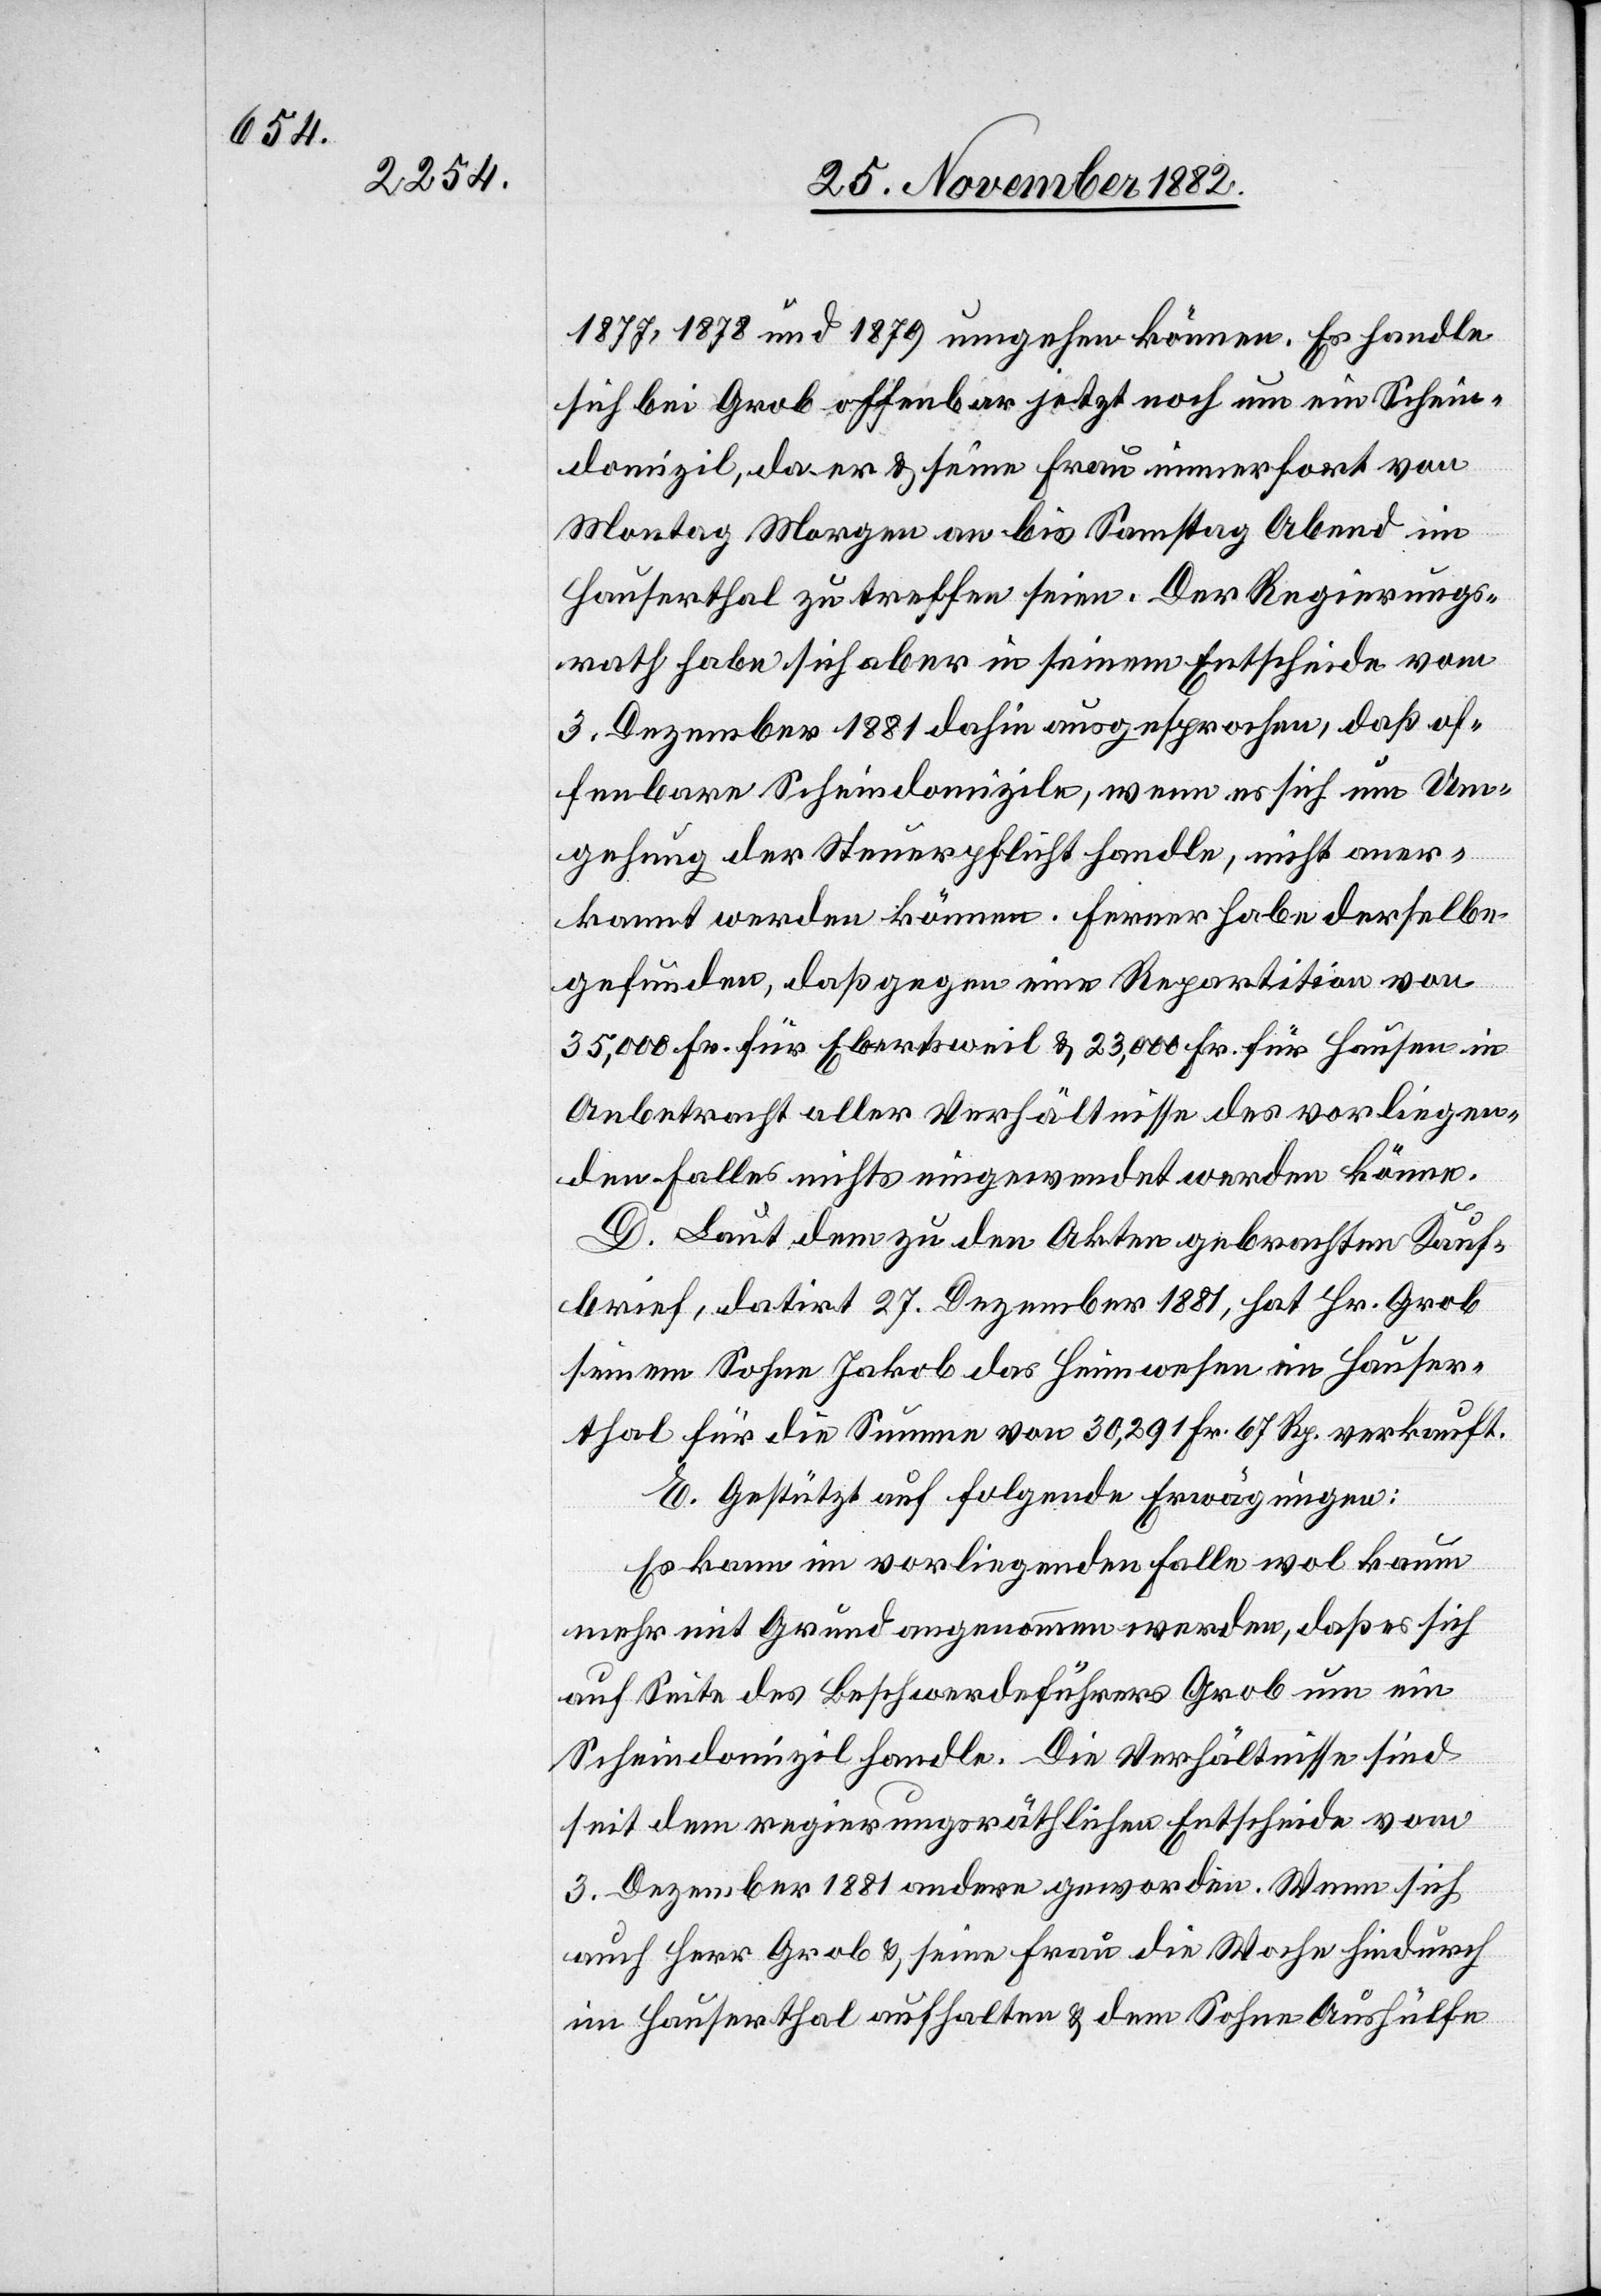
1877, 1878 und 1879 umgehen können. Es handle
sich bei Grob offenbar jetzt noch um ein Schein¬
domizil, da er & seine Frau immerfort von
Montag Morgen an bis Samstag Abend im
Hauserthal zu treffen seien. Der Regierungs¬
rath habe sich aber in seinem Entscheide vom
3. Dezember 1881 dahin ausgesprochen, daß of¬
fenbare Scheindomizile, wenn es sich um Um¬
gehung der Steuerpflicht handle, nicht aner¬
kannt werden können. Ferner habe derselbe
gefunden, daß gegen eine Repartition von
35,000 Fr. für Ebertsweil & 23,000 Fr. für Hausen in
Anbetracht aller Verhältnisse des vorliegen¬
den Falles nichts eingewendet werden könne.
D. Laut dem zu den Akten gebrachten Kauf¬
brief, datirt 27. Dezember 1881, hat Hr. Grob
seinem Sohne Jakob das Heimwesen im Hauser¬
thal für die Summe von 30,291 Fr. 67 Rp. verkauft.
E. Gestützt auf folgende Erwägungen:
Es kann im vorliegenden Falle wol kaum
mehr mit Grund angenommen werden, daß es sich
auf Seite des Beschwerdeführers Grob um ein
Scheindomizil handle. Die Verhältnisse sind
seit dem regierungsräthlichen Entscheide vom
3. Dezember 1881 andere geworden. Wenn sich
auch Herr Grob & seine Frau die Woche hindurch
im Hauserthal aufhalten & dem Sohne Aushülfe